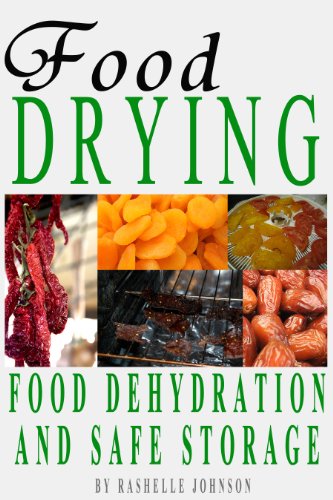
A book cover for Food Drying: Food Dehydration and Safe Storage; Rashelle Johnson; Cookbooks, Food & Wine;